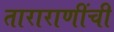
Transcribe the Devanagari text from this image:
ताराराणींची